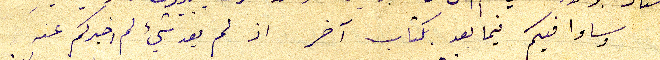
وساوافيكم فيما بعد بكتاب آخر اذ لم يعد شيء لم اخبركم عنه